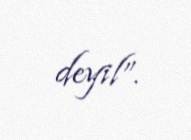
deyil”.